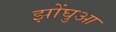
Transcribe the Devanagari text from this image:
झोंघुआ